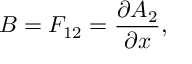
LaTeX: B = F _ { 1 2 } = \frac { \partial A _ { 2 } } { \partial x } ,